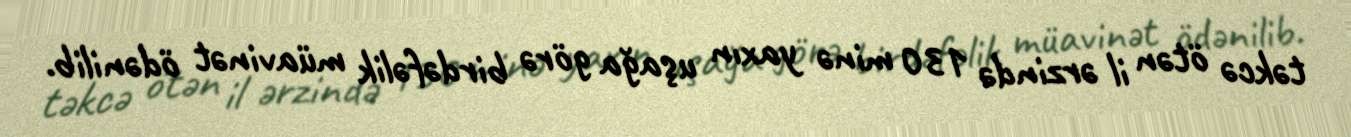
təkcə ötən il ərzində 130 minə yaxın uşağa görə birdəfəlik müavinət ödənilib.